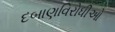
દબાણવિરોધીઓ